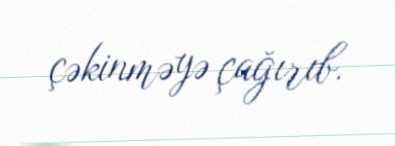
çəkinməyə çağırıb.